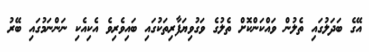
އޭގެ ބަދަލުގައި ތެލުން ވައްކަންކޮށް ތެލުގެ ވަގުވިޔަފާރިތަކުގައި ބައިވެރިވެ އެކިއެކި ނަންނަމުގައި ބޭރު